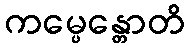
ကမ္ပေန္တောတိ